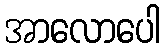
အာလောပေါ